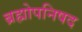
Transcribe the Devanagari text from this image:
ब्रह्मोपनिषद